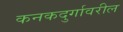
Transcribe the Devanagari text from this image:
कनकदुर्गावरील